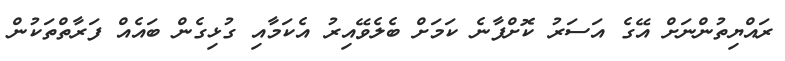
ރައްޔިތުންނަށް އޭގެ އަސަރު ކޮށްފާނެ ކަމަށް ބެލެވޭއިރު އެކަމާއި ގުޅިގެން ބައެއް ފަރާތްތަކުން